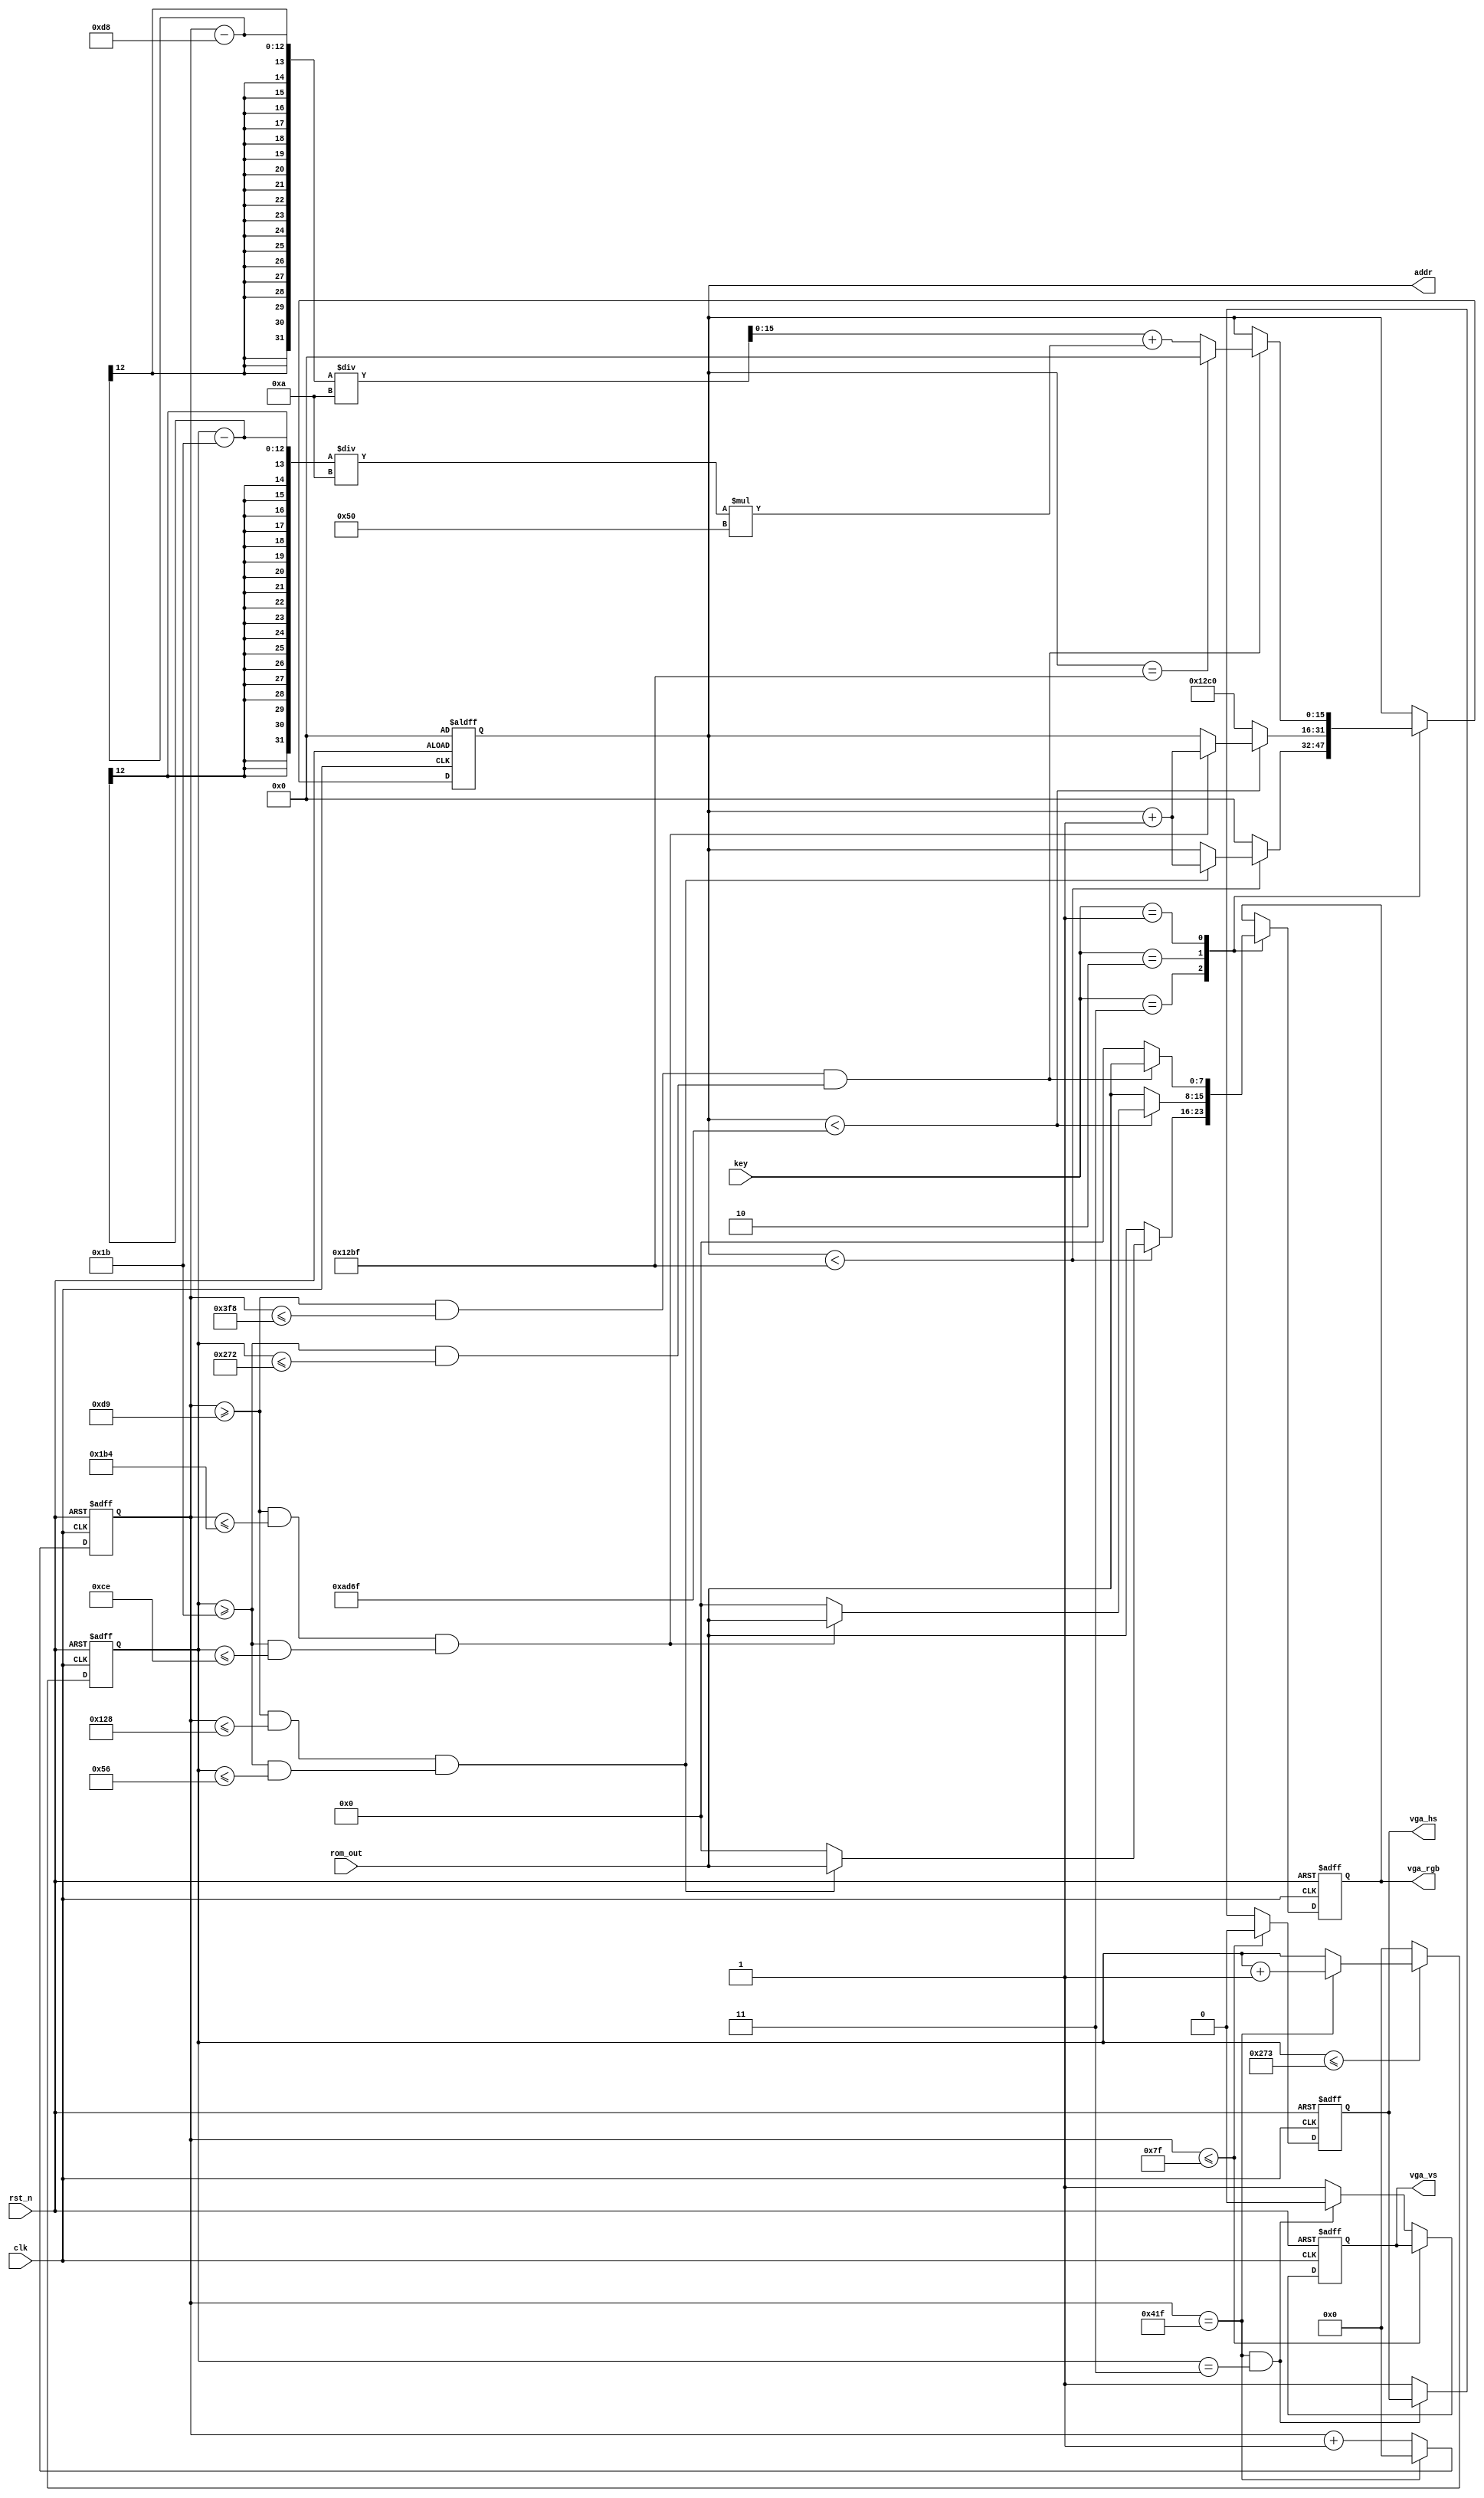
module vga_control (
	input clk,    // Clock
	input rst_n,  // Asynchronous reset active low
	input [7:0]rom_out,
	input [1:0]key,
	output reg vga_hs,
	output reg vga_vs,
	output reg [15:0]addr,
	output reg [7:0]vga_rgb
);

	reg [11:0] hs_counter;  //1056
	reg [11:0] vs_counter;   //628


	//()  ()  
	//1055
	always @(posedge clk or negedge rst_n) 
	begin : proc_x
		if(~rst_n) begin
			hs_counter <= 12'b0;
		end else begin
			if(hs_counter == 1055) begin
				hs_counter <= 12'd0;
				end
			else 
				begin
				hs_counter <= hs_counter + 1;
				end
		end
	end

	always @(posedge clk or negedge rst_n) 
	begin : proc_2
		if(~rst_n) begin
			vs_counter <= 12'b0;
		end else begin
			if(vs_counter <= 627) begin
				if(hs_counter == 1055) begin
				vs_counter <= vs_counter + 1;
				end
				else
				vs_counter <= vs_counter;
			end
			else
				vs_counter <= 0;
		end
	end


	// always @(posedge clk or negedge rst_n) 
	// begin : proc_x
	// 	if(~rst_n) begin
	// 		hs_counter <= 12'b0;
	// 		vs_counter <= 12'b0;
	// 	end else begin
	// 		if(hs_counter == 1055) begin
	// 			vs_counter <= vs_counter + 1;
	// 			if(vs_counter == 627) begin
	// 				hs_counter <= 12'd0;
	// 				vs_counter <= 12'd0;
	// 			end
	// 		end else 
	// 			begin
	// 				hs_counter <= hs_counter + 1;
	// 				// if(vs_counter == 628) begin
	// 				// 	vs_counter <= 12'd1;
	// 				// end else begin
	// 				// 	vs_counter <= vs_counter;
	// 				// end
	// 			end
	// 	end
	// end


// abcd

	always @(posedge clk or negedge rst_n) 
	begin : proc_hsvs
		if(~rst_n) begin
			vga_hs <= 1;
			vga_vs <= 1;
		end else begin
			if(hs_counter <= 127) begin
				vga_hs <= 0;
			end else if( (hs_counter == 1055) && vs_counter == 3) begin
				vga_vs <= 0;
			end else begin
				vga_hs <= 1;
				vga_vs <= 1;
			end
		end
	end
    // assign VGA_HS = x_counter > 839 && x_counter < 968;
    // assign VGA_VS = y_counter > 600 && y_counter < 605;

// // 
// reg	[11:0]cnt10_hs;
// reg [11:0]cnt10_vs;

// always @(*) begin : proc_vs
// 		if(!rst_n) begin
// 			cnt10_vs = 0;
// 		end 
// 		else begin
// 			if(cnt_vs <= 627) begin
// 				if(hs_counter == 1055) begin
// 					cnt10_vs = cnt10_vs + 1;
// 				end else cnt_vs = cnt10_vs;
// 			end
// 			else  cnt_vs = 0;
// 		end

// end


// always @(*) begin : proc_hs
// 	if(!rst_n) begin
// 				cnt10_hs = 0;
// 			end 
// 			else begin
// 					if(cnt10_vs <= 628 ) begin
// 						if(hs_counter <= 1055) begin
// 						cnt10_vs = hs_counter/10;
// 						end else cnt_hs = cnt10_hs;
// 					end
// 					else cnt10_vs = 0;

// 			end
// end  //proc_vs

//
// crgb

// 220*180
parameter edge0 = 217;
parameter edge1 = 217 + 80-1;
parameter edge2 = 27 ;
parameter edge3 = 27+60-1;


parameter edge0_1 = 217;
parameter edge1_1 = 217 + 220-1;
parameter edge2_1 = 27 ;
parameter edge3_1 = 27+180-1;


parameter edge0_2 = 217;
parameter edge1_2 = 217 + 800-1;
parameter edge2_2 = 27 ;
parameter edge3_2 = 27+600-1;



parameter edge0_3 = 217;
parameter edge1_3 = 217 + 110 -1;
parameter edge2_3 = 27 ;
parameter edge3_3 = 27+ 90 -1;

wire addr_rest;

assign addr_rest = (key[0])? 0: 4800;

always @(posedge clk or negedge rst_n)
begin : proc_disp
	if(~rst_n) begin
		vga_rgb <= 8'd0;
		 addr <=  0;
		addr <= addr_rest;
	end else begin
			case(key)
			//case(2'b11)
				2'b11 :	begin
								if(addr < 4799) begin
									if((hs_counter >=edge0 && hs_counter <= edge1) && (vs_counter >=edge2 && vs_counter <= edge3) ) begin
											vga_rgb <= rom_out;
											addr <= addr +1;
									end
									else begin
											vga_rgb <= 8'd0;
											addr <= addr;
									end
								end
								else
								begin
									addr <= 0;
									vga_rgb <= rom_out;
								end
						end
				2'b10  : begin
								if(addr < 44399) begin
									if((hs_counter >=edge0_1 && hs_counter <= edge1_1) && (vs_counter >=edge2_1 && vs_counter <= edge3_1) ) begin
											vga_rgb <= rom_out;
											addr <= addr +1;
									end
									else begin
											vga_rgb <= 8'd0;
											addr <= addr;
									end
								end
								else
								begin
									addr <= 4800;
									vga_rgb <= rom_out;
								end
						end
				2'b01  	:	
					begin
								if( (hs_counter >=edge0_2 && hs_counter <= edge1_2) && (vs_counter >=edge2_2 && vs_counter <= edge3_2) ) begin
									  //220*180
										if(addr == 4799) begin
												addr <= 0;
												// addr <= ( (hs_counter -27) / 10 ) +( ((vs_counter-216) /10)*80) ;
												// addr <= ( (hs_counter -27) / 10 ) +( ((vs_counter-216) /10)*80) ;
												vga_rgb <= rom_out; 
												 // vga_rgb <= 8'b100_000_00; 
										end else
												begin
												// addr <= ( (hs_counter -27) / 10 ) +( (vs_counter-216) /10*80) ;
												// addr <= ( (hs_counter -27) / 10 ) +( ((vs_counter-216) /10)*80) ;
												addr <= ( (hs_counter -216) / 10 ) +( ((vs_counter-27) /10)*80) ;
												vga_rgb <= rom_out; 
												end
								end else
								begin
									vga_rgb<= 8'b000_000_00;
									// vga_rgb <= rom_out; 
									addr <= addr;
								end

					end

			endcase
	end

end



	// 		// if( (hs_counter >=217 && hs_counter <=1015) && (vs_counter >27 && vs_counter < 627) ) begin
	// 		// if( (hs_counter >=edge0 && hs_counter <=edge1) && (vs_counter >=edge2 && vs_counter < edge3) ) begin
	// 		if( (hs_counter >=edge0 && hs_counter <= edge1) && (vs_counter >=edge2 && vs_counter <= edge3) ) begin
	// 			  //220*180
	// 				if(addr == 4799) begin
	// 						addr <= 0;
	// 						// addr <= ( (hs_counter -27) / 10 ) +( ((vs_counter-216) /10)*80) ;
	// 						// addr <= ( (hs_counter -27) / 10 ) +( ((vs_counter-216) /10)*80) ;
	// 						vga_rgb <= rom_out; 
	// 						 // vga_rgb <= 8'b100_000_00; 
	// 				end else
	// 						begin
	// 						// addr <= ( (hs_counter -27) / 10 ) +( (vs_counter-216) /10*80) ;
	// 						// addr <= ( (hs_counter -27) / 10 ) +( ((vs_counter-216) /10)*80) ;
	// 						addr <= ( (hs_counter -216) / 10 ) +( ((vs_counter-27) /10)*80) ;
	// 						vga_rgb <= rom_out; 
	// 						end
	// 		end else
	// 		begin
	// 			vga_rgb<= 8'b000_000_00;
	// 			// vga_rgb <= rom_out; 
	// 			addr <= addr;
	// 		end
	// end
// end


// 
// always @(posedge clk or negedge rst_n)
// begin : proc_disp
// 	if(~rst_n) begin
// 		vga_rgb <= 8'd0;
// 	end else begin
// 			if( (hs_counter >=217 && hs_counter <=1015) && (vs_counter >27 && vs_counter < 627) ) begin
// 				vga_rgb<= 8'b111_100_00;
// 			end
// 			else
// 			begin
// 				vga_rgb<= 8'b000_000_00;
// 			end
// 	end
// end

	// reg value;

	// always @(*) 
	// begin : proc_220_180
	// 	if(!rst_n) begin
	// 		value = 0;
	// 	end else begin
	// 				if( (hs_counter >=edge0 && hs_counter <= edge1) && (vs_counter >=edge2 && vs_counter <= edge3) ) begin
	// 					value =1;
	// 				end
	// 				else  value =0
	// 			end
	// end



// always @(posedge clk or negedge rst_n)
// begin : proc_disp
// 	if(~rst_n) begin
// 		vga_rgb <= 8'd0;
// 	end else begin
// 			if( (hs_counter >=217 && hs_counter <=1015) || (vs_counter >=27 && vs_counter <= 627) ) begin
// 				vga_rgb<= 8'b111_100_00;
// 			end
// 			else
// 			begin
// 				vga_rgb<= 8'b000_000_00;
// 			end
// 	end
// end

endmodule